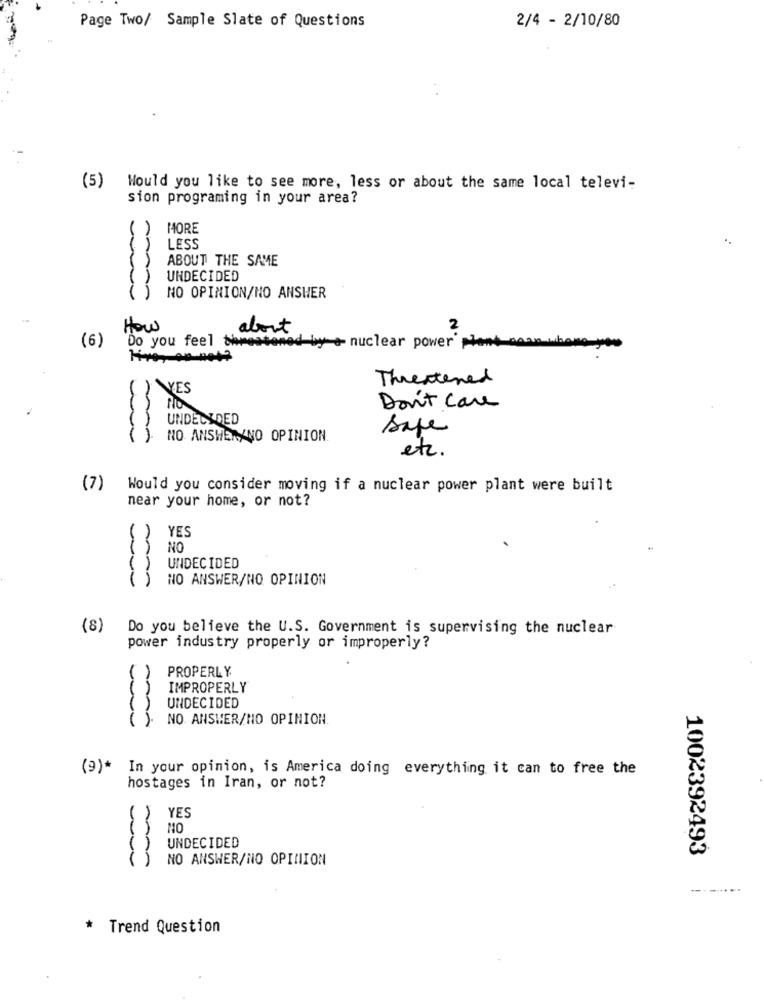
2/4 - 2/10/80
Page Two/ Sample Slate of Questions
(5)
Would you like to see more, less or about the same local televi-
sion programing in your area?
MORE
LESS
ABOUT THE SAME
UNDECIDED
NO OPINION/NO ANSHER
How
about
N
(6)
by + nuclear power plant mas.
Do you feel tivesse
Threatened
YES
Don't Care
UNDECIDED
safe
NO ANSWERANO OPINION
etc.
(7)
Would you consider moving if a nuclear power plant were built
near your home, or not?
YES
NO
UNDECIDED
NO ANSWER/NO OPINION
(8)
Do you believe the U.S. Government is supervising the nuclear
power industry properly or improperly?
PROPERLY
IMPROPERLY
UNDECIDED
NO ANSWER/NO OPINION.
(9)* In your opinion, is America doing everything it can to free the
hostages in Iran, or not?
YES
NO
UNDECIDED
1002392493
NO ANSWER/NO OPINION
* Trend Question